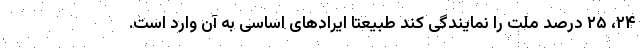
۲۴، ۲۵ درصد ملت را نمایندگی کند طبیعتا ایرادهای اساسی به آن وارد است.